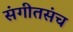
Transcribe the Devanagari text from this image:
संगीतसंच